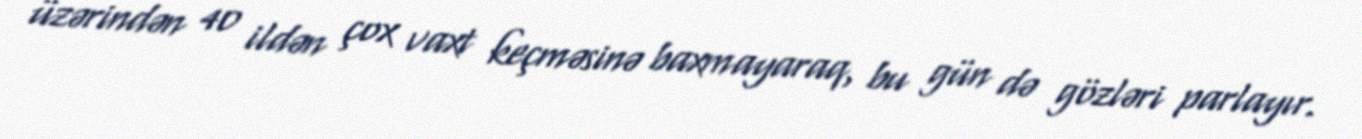
üzərindən 40 ildən çox vaxt keçməsinə baxmayaraq, bu gün də gözləri parlayır.